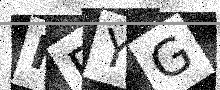
Text: HEYG